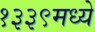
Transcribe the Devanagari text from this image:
१३३९मध्ये